Insane asylums in Bengal annual reports 1876-1887 - 1876-1887
Year: 1876
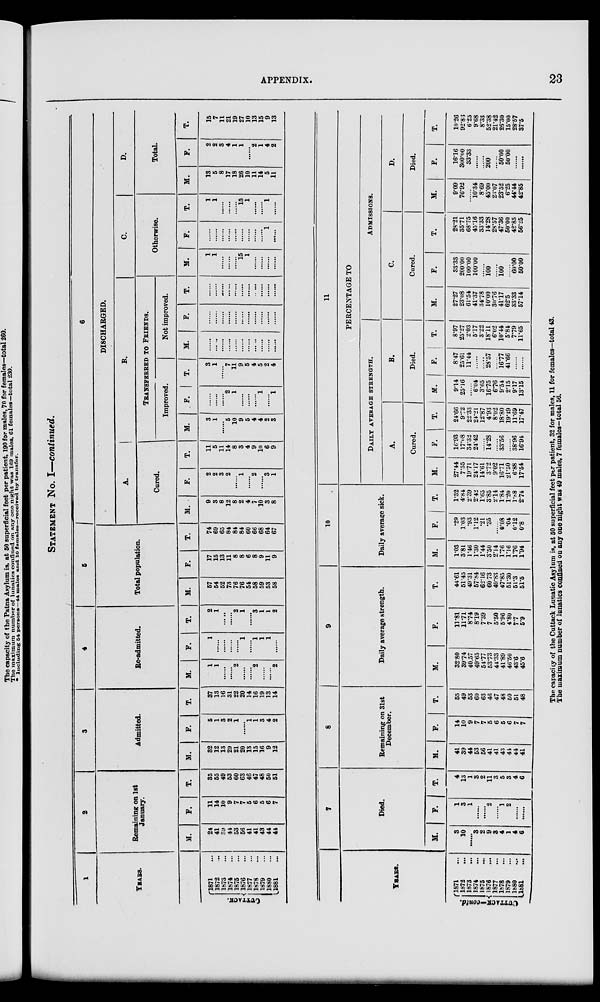
APPENDIX.
23
STATEMENT No. I—continued.
1
YEARS.
CUTTACK.
1871...
1872 ...
1873 ...
1874 ...
1875 ...
1876 ...
1877 ...
1878 ...
1879 ...
1880 ...
1881 ...
2
Remaining on 1st
January.
M.
24
41
39
44
53
56
41
41
43
44
44
F.
11
14
10
9
7
7
5
6
5
6
7
T.
35
65
49
63
60
63
46
47
48
50
51
3
Admitted.
M.
32
12
13
29
21
20
13
15
16
9
12
F.
5
1
3
2
1
......
1
1
3
4
2
T.
37
13
16
31
22
20
14
16
19
13
14
4
Re-admitted.
M.
1
1
......
......
2
......
......
2
......
......
2
F.
1
......
......
......
......
1
......
1
1
1
......
T.
2
1
......
......
2
1
......
3
1
1
2
5
Total population.
M.
57
54
52
78
76
76
54
58
59
53
58
F.
17
15
13
11
8
8
6
8
9
11
9
T.
74
69
65
84
84
84
60
66
68
64
67
DISCHARGED.
A.
Cured.
M.
9
3
8
12
8
2
4
1
10
3
8
F.
2
2
3
2
......
1
......
2
......
3
1
T.
11
5
11
14
8
3
4
9
10
6
9
B.
TRANSFERRED TO FRIENDS.
Improved.
M.
3
1
......
5
10
9
5
4
4
2
3
F.
......
......
......
2
1
......
......
......
1
......
1
T.
3
1
......
7
11
9
5
4
5
2
4
Not improved.
M.
......
......
......
......
......
......
......
......
......
......
......
F.
......
......
......
......
......
......
......
......
......
......
......
T.
......
......
......
......
......
......
......
......
......
......
......
C.
Otherwise.
M.
1
1
......
......
......
15
1
......
......
......
......
F.
......
......
......
......
......
......
......
......
......
1
......
T.
1
1
......
......
......
15
1
......
......
1
......
D.
Total.
M.
13
5
8
17
18
26
10
11
14
5
11
F.
2
2
3
4
1
1
......
2
1
4
2
T.
15
7
11
21
19
27
10
13
15
9
13
YEARS.
CUTTACK—Contd.
1871 ...
1872 ...
1873 ...
1874 ...
1875 ...
1876 ...
1877 ...
1878 ...
1879 ...
1880
...
1881 ...
7
Died.
M.
3
10
......
3
2
9
3
4
1
4
6
F.
1
3
1
......
......
2
......
1
2
......
......
T.
4
13
1
3
2
11
3
5
3
4
6
8
Remaining on 31st
December.
M.
41
39
44
53
56
41
41
43
44
44
41
F.
14
10
9
7
7
6
6
5
6
7
7
T.
65
49
53
60
63
46
47
48
50
51
48
9
Daily average strength.
M.
32.80
39.74
40.57
49.65
54.77
53.73
44.33
41.89
46.50
43.6
45.6
F.
11.81
11.71
8.74
8.19
7.39
7
5.50
5.96
4.80
77
5.9
T.
44.61
51.45
49.31
57.84
62.16
60.73
49.83
47.85
51.30
51.3
51.5
10
Daily average sick.
M.
1.03
3.81
1.46
1.30
1.44
3.50
2.14
1.76
1.16
1.76
1.94
F.
.29
1.03
.93
1.12
.21
.35
......
0.08
.04
0.12
0.8
T.
1.32
4.84
2.39
2.42
1.65
3.85
2.14
1.84
1.20
1.88
2.74
11
PERCENTAGE TO
DAILY AVERAGE STRENGTH.
A.
Cured.
M.
27.44
7.55
19.71
24.17
14.61
3.72
9.02
16.71
21.50
6.88
17.54
F.
16.93
17.68
34.32
24.42
......
14.28
......
33.56
......
38.96
16.94
T.
24.66
9.72
22.33
24.21
12.87
4.93
8.02
18.80
19.19
11.69
17.47
B.
Died.
M.
9.14
25.16
......
6.04
3.65
16.75
6.76
9.54
2.15
9.17
13.15
F.
8.47
25.61
11.44
......
......
28.57
......
16.77
41.66
......
......
T.
8.97
25.27
2.03
5.17
3.22
18.11
6.02
10.44
5.84
7.79
11.65
ADMISSIONS.
C.
Cured.
M.
27.27
23.08
61.54
41.37
34.78
10.00
30.76
41.17
62.5
33.33
57.14
F.
33.33
200.00
100.00
100.00
......
100
......
100
......
60.00
50.00
T.
28.2l
35.71
68.75
45.16
33.33
14.28
28.57
47.36
50.00
42.85
56.25
D.
Died.
M.
9.09
76.92
......
10.34
8.69
45.00
23.07
23.52
6.25
44.44
42.85
F.
16.16
300.00
33.33
......
......
200
......
50.00
50.00
......
......
T.
10.26
92.86
6.25
9.68
8.33
52.38
21.42
26.30
15.00
28.57
37.5
The capacity of the Cuttack Lunatic Asylum is, at 50 superficial feet per patient, 32 for males, 11 for females—total 43.
The maximum number of lunatics confined on any one night was 49 males, 7 females—total 56.